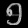
Digit: ၅